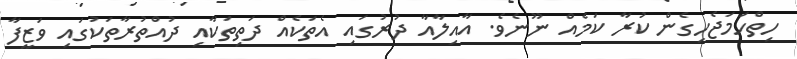
ހިތްހަމަޖެހިގެން ކުރާ ކަމެއް ނޫނެވެ. އާއިލާއާ ދުރުގައި އެތަކެއް ދަތިތަކާއި ދުއްތުރާތަކުގައި ވަޒީފާ